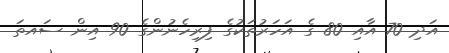
އަދި 70 އާއި 80 ގެ އަހަރުތަކުގެ ފިރިހެނުންގެ 90 އިން ސައތަ